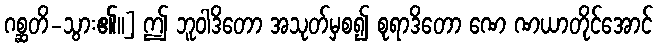
ဂစ္ဆတိ-သွား၏၊၊] ဤ ဘူဝါဒိတော အသုတ်မှစ၍ စုရာဒိတော ဏေ ဏယာတိုင်အောင်